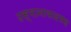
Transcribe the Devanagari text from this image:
उस्मानाबादसह